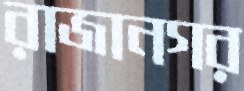
রাজানগর